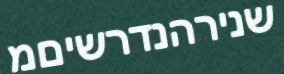
שנירהנדרשיםמ